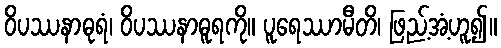
ဝိပဿနာဓုရံ၊ ဝိပဿနာဓူရကို။ ပူရေဿာမီတိ၊ ဖြည့်အံ့ဟူ၍။